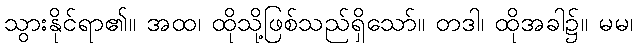
သွားနိုင်ရာ၏။ အထ၊ ထိုသို့ဖြစ်သည်ရှိသော်။ တဒါ၊ ထိုအခါ၌။ မမ၊